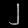
Digit: ၂